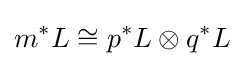
m^{*}L\cong p^{*}L\otimes q^{*}L